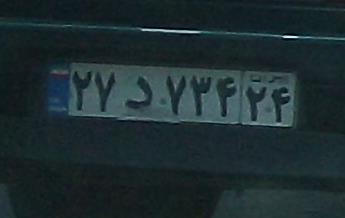
۲۷د۷۳۴۲۴